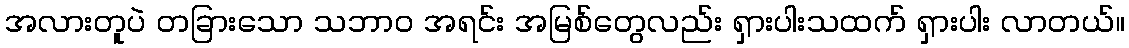
အလားတူပဲ တခြားသော သဘာဝ အရင်း အမြစ်တွေလည်း ရှားပါးသထက် ရှားပါး လာတယ်။